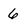
Character: 6